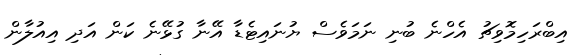
އިބްރަހިމޮވިޗު އެހްނެ ބުނި ނަމަވެސް ޔުނައިޓެޑާ އޭނާ ގުޅޭނެ ކަން އަދި އިއުލާން